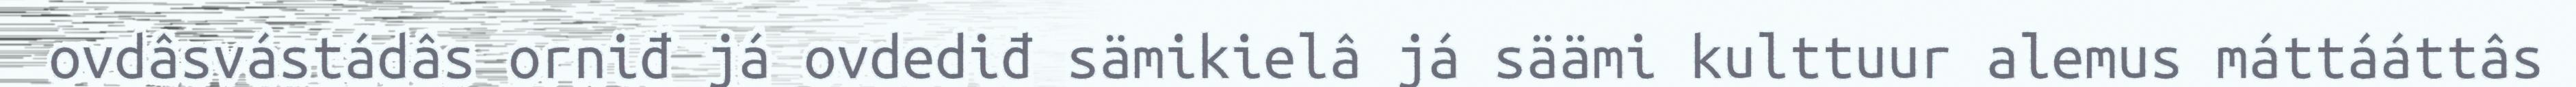
ovdâsvástádâs orniđ já ovdediđ sämikielâ já säämi kulttuur alemus máttááttâs